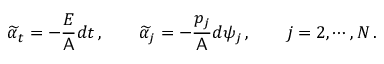
\widetilde { \alpha } _ { t } = - \frac { E } { \mathsf { A } } d t \, , \qquad \widetilde { \alpha } _ { j } = - \frac { p _ { j } } { \mathsf { A } } d \psi _ { j } \, , \qquad j = 2 , \cdots , N \, .